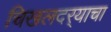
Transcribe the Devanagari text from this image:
चिखलदर्‍याचा